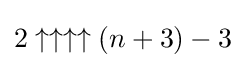
2\uparrow \uparrow \uparrow \uparrow (n+3)-3